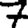
Digit: 7